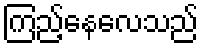
ကြည့်နေလေသည်